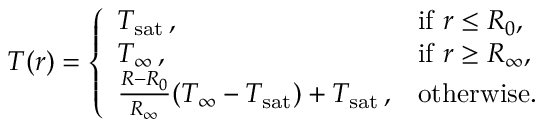
\begin{array} { r } { T ( r ) = \left\{ \begin{array} { l l } { T _ { \mathrm { s a t } } \, , } & { \mathrm { i f ~ } r \leq R _ { 0 } , } \\ { T _ { \infty } \, , } & { \mathrm { i f ~ } r \geq R _ { \infty } , } \\ { \frac { R - R _ { 0 } } { R _ { \infty } } ( T _ { \infty } - T _ { \mathrm { s a t } } ) + T _ { \mathrm { s a t } } \, , } & { \mathrm { o t h e r w i s e . } } \end{array} \right. } \end{array}